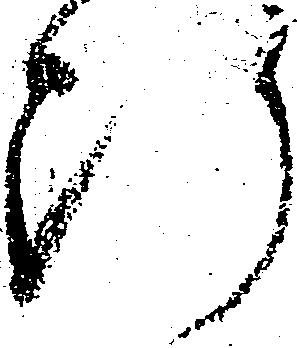
断